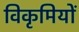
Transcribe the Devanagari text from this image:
विकृमियों